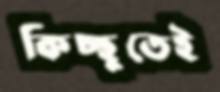
কিচ্ছুতেই